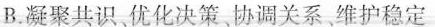
B.凝聚共识、优化决策、协调关系、维护稳定